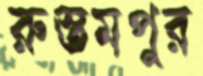
রুস্তমপুর